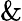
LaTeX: \mathbin{\& }